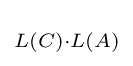
\scriptstyle L(C)\cdot L(A)